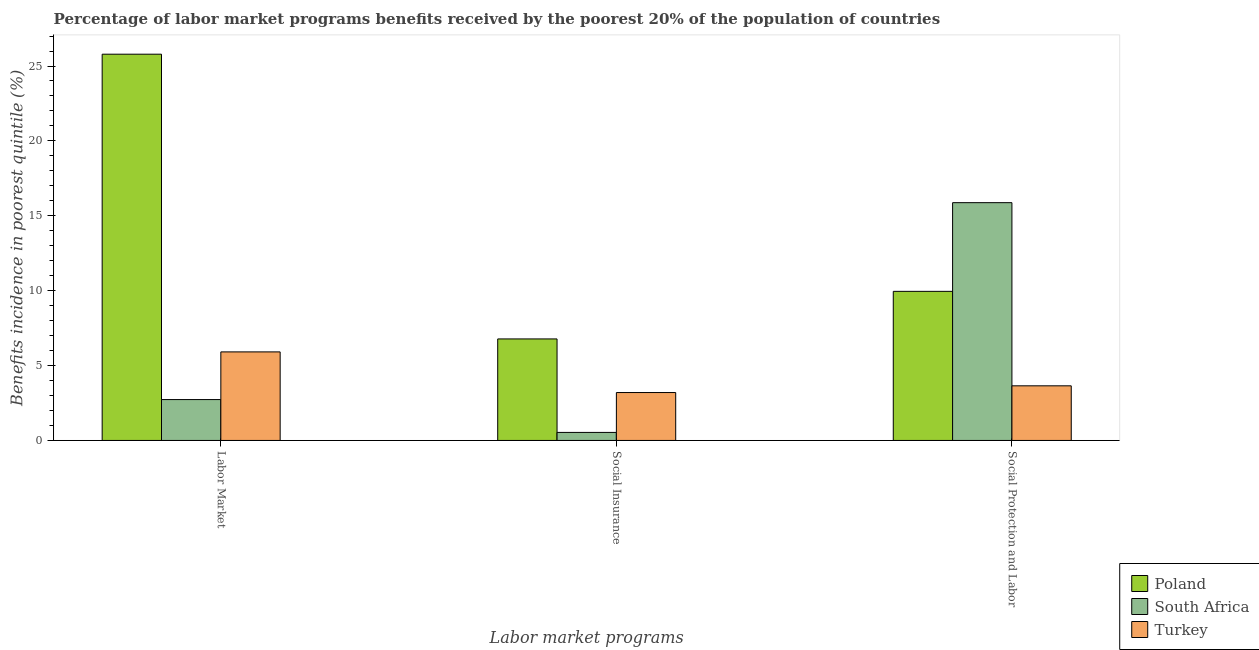
| Labor market programs | Poland | South Africa | Turkey |
 | --- | --- | --- | --- |
 | Labor Market | 25.8 | 2.73 | 5.91 |
 | Social Insurance | 6.78 | 0.537 | 3.2 |
 | Social Protection and Labor | 9.96 | 15.9 | 3.65 |